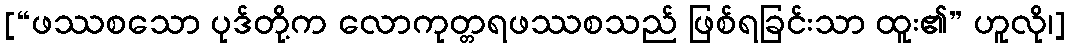
[“ဖဿစသော ပုဒ်တို့က လောကုတ္တရဖဿစသည် ဖြစ်ရခြင်းသာ ထူး၏” ဟူလို၊]